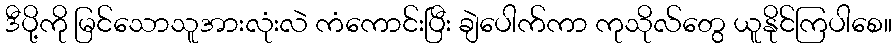
ဒီပို့ကို မြင်သောသူအားလုံးလဲ ကံကောင်းပြီး ချဲပေါက်ကာ ကုသိုလ်တွေ ယူနိုင်ကြပါစေ။